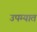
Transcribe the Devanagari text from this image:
उपम्यात